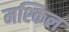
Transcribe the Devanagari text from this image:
मश्किल